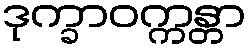
ဒုက္ခာဝက္ကန္တာ